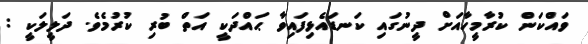
ވައްކަން ކުރާމީހާއަށް ދީނުގައި ކަނޑައެޅިފައިވާ ޙައްދަކީ އަތް ބުރި ކުރުމެވެ. ދަލީލަކީ :